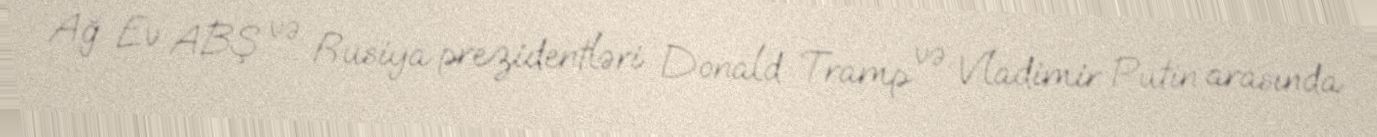
Ağ Ev ABŞ və Rusiya prezidentləri Donald Tramp və Vladimir Putin arasında